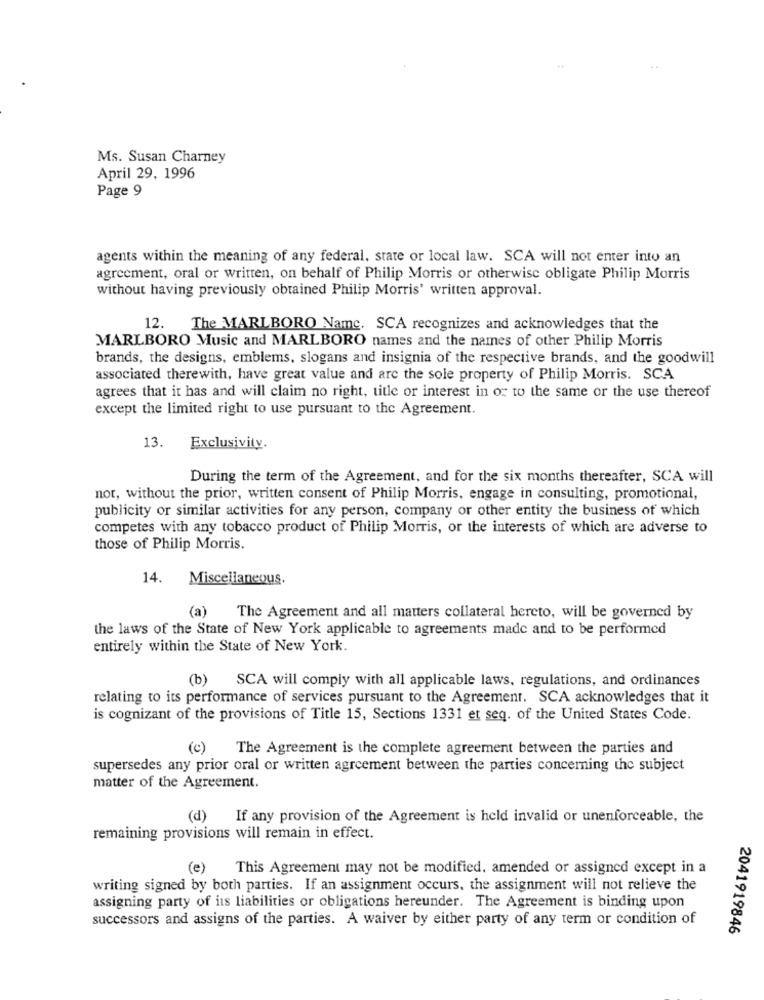
Ms. Susan Charney
April 29, 1996
Page 9
agents within the meaning of any federal, state or local law. SCA will not enter into an
agreement, oral or written, on behalf of Philip Morris or otherwise obligate Philip Morris
without having previously obtained Philip Morris' written approval.
12. The MARLBORO Name. SCA recognizes and acknowledges that the
MARLBORO Music and MARLBORO names and the names of other Philip Morris
brands, the designs, emblems, slogans and insignia of the respective brands, and the goodwill
associated therewith, have great value and are the sole property of Philip Morris. SCA
agrees that it has and will claim no right, title or interest in or to the same or the use thereof
except the limited right to use pursuant to the Agreement.
13.
Exclusivity.
During the term of the Agreement, and for the six months thereafter, SCA will
not, without the prior, written consent of Philip Morris, engage in consulting, promotional,
publicity or similar activities for any person, company or other entity the business of which
competes with any tobacco product of Philip Morris, or the interests of which are adverse to
those of Philip Morris.
14. Miscellaneous.
(a)
The Agreement and all matters collateral hereto, will be governed by
the laws of the State of New York applicable to agreements made and to be performed
entirely within the State of New York.
(b)
SCA will comply with all applicable laws, regulations, and ordinances
relating to its performance of services pursuant to the Agreement. SCA acknowledges that it
is cognizant of the provisions of Title 15, Sections 1331 et seq. of the United States Code.
(c) The Agreement is the complete agreement between the parties and
supersedes any prior oral or written agreement between the parties concerning the subject
matter of the Agreement.
(d)
If any provision of the Agreement is held invalid or unenforceable, the
remaining provisions will remain in effect.
(e)
This Agreement may not be modified, amended or assigned except in a
writing signed by both parties. If an assignment occurs, the assignment will not relieve the
assigning party of its liabilities or obligations hereunder. The Agreement is binding upon
successors and assigns of the parties. A waiver by either party of any term or condition of
2041919846